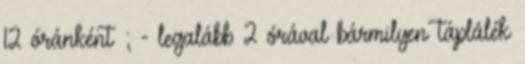
12 óránként ; - legalább 2 órával bármilyen táplálék